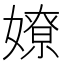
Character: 嫽